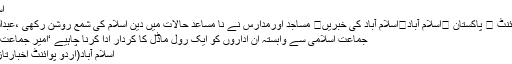
اسلام آباد
اُردو پوائنٹ ⬅ پاکستان ⬅اسلام آباد⬅اسلام آباد کی خبریں⬅ مساجد اورمدارس نے نا مساعد حالات میں دین اسلام کی شمع روشن رکھی ،عبدالرشید ..
جماعت اسلامی سے وابستہ ان اداروں کو ایک رول ماڈل کا کردار ادا کرنا چاہیے ‘امیر جماعت اسلامی
اسلام آباد(اُردو پوائنٹ اخبارتاز ترین ۔